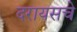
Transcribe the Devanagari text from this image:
दरायसचे